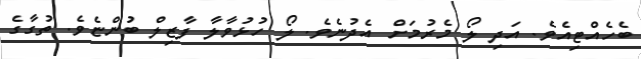
ބެހެއްޓިއެވެ. އަދި ލޯ މެރުމަށް އެދުނެވެ. ލޯ ހުޅުވާލާ ފާޒިލް ބުންޏެވެ. ތުގާގެ